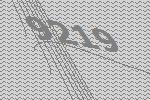
9219